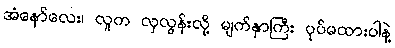
အံနော်လေး၊ လူက လှလွန်းလို့ မျက်နှာကြီး ပုပ်မထားပါနဲ့